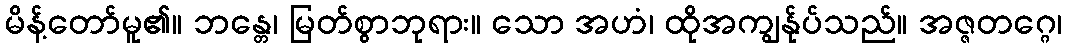
မိန့်တော်မူ၏။ ဘန္တေ၊ မြတ်စွာဘုရား။ သော အဟံ၊ ထိုအကျွန်ုပ်သည်။ အဇ္ဇတဂ္ဂေ၊